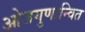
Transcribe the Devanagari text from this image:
ओजगुणान्वित